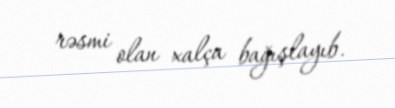
rəsmi olan xalça bağışlayıb.